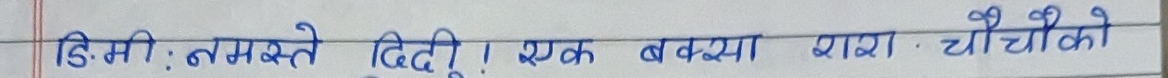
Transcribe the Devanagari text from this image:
डि. मी: नमस्ते दिदी ! एक बक्या यारा . चौचौ को